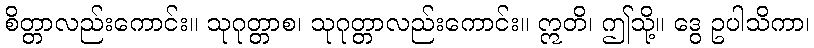
စိတ္တာလည်းကောင်း။ သုဂုတ္တာစ၊ သုဂုတ္တာလည်းကောင်း။ ဣတိ၊ ဤသို့။ ဒွေ ဥပါသိကာ၊